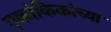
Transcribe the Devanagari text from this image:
एकांकिकांच्या